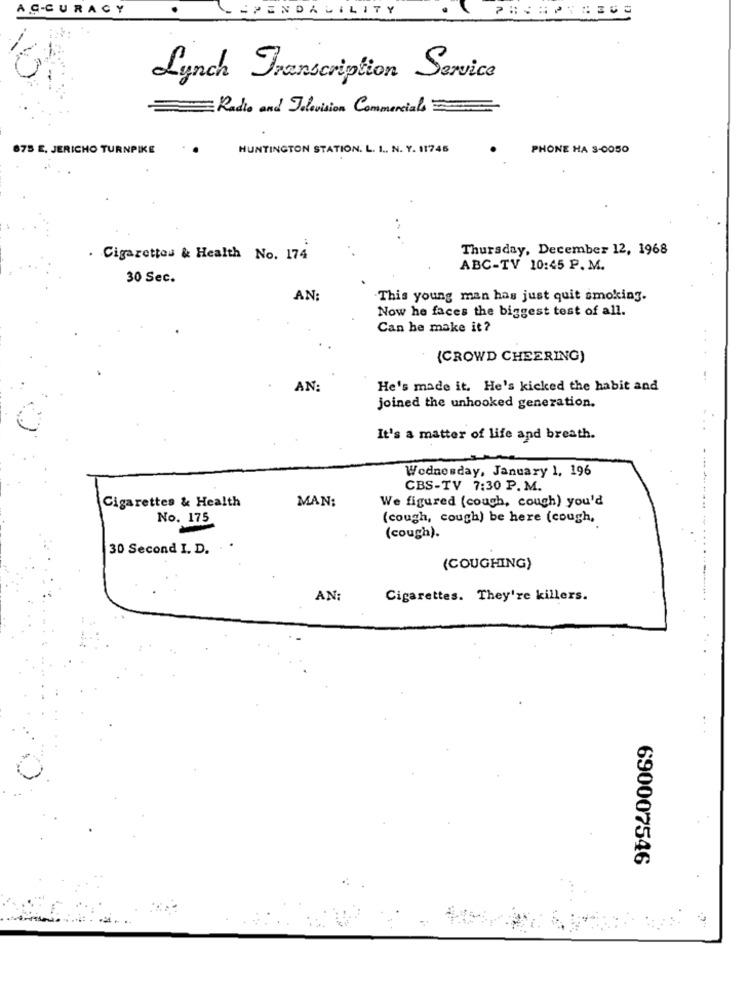
ACCURACY
SPENDALILITY
Lynch Transcription Service
Radio and Television Commercials
875 E, JERICHO TURNPIKE
HUNTINGTON STATION. L. I ., N. Y. 11745
PHONE HA 3-0050
Thursday, December 12, 1968
. Cigarettes & Health No. 174
ABC-TV 10:45 P. M.
30 Sec.
AN:
This young man has just quit smoking.
Now he faces the biggest test of all.
Can he make it ?
(CROWD CHEERING)
N:
He's made it. He's kicked the habit and
joined the unhooked generation.
It's a matter of life and breath.
.
Wednesday, January 1, 196
CBS-TV 7:30 P. M.
Cigarettes & Health
MAN:
We figured (cough, cough) you'd
No. 175
(cough, cough) be here (cough,
(cough).
30 Second I. D.
....
(COUGHING)
AN:
Cigarettes. They're killers.
690007546